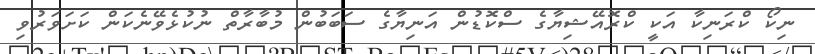
ނިކޯ ކްރަނިކާ އަކީ ކްރޮއޭޝިޔާގެ ސްކޮޑުން އަނިޔާގެ ސަބަބުން މުބާރާތް ނުކުޅެވޭނެކަން ކަށަވަރުވި